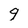
Character: 9